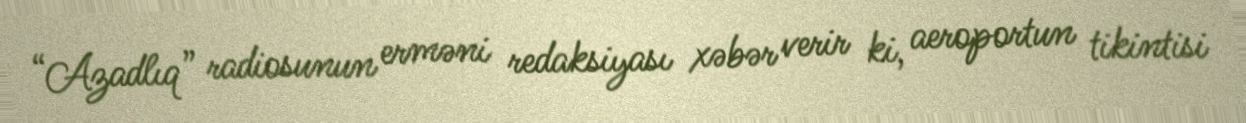
“Azadlıq” radiosunun erməni redaksiyası xəbər verir ki, aeroportun tikintisi